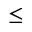
\leq